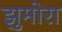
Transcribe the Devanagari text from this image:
झुमोरा